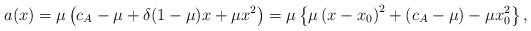
LaTeX: \begin{align*}a(x) &= \mu\left(c_A - \mu + \delta(1-\mu)x + \mu x^2\right)= \mu \left\{\mu \left(x -x_0\right)^2+ (c_A -\mu) - \mu x_0^2\right\},\end{align*}